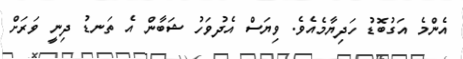
އެންމެ އަގުބޮޑު ހަދިޔާމެއެވެ. ވިޔަސް އެދުވަހު ޝަބާން އެ ތަނޑު ދިނީ ވަރަށް